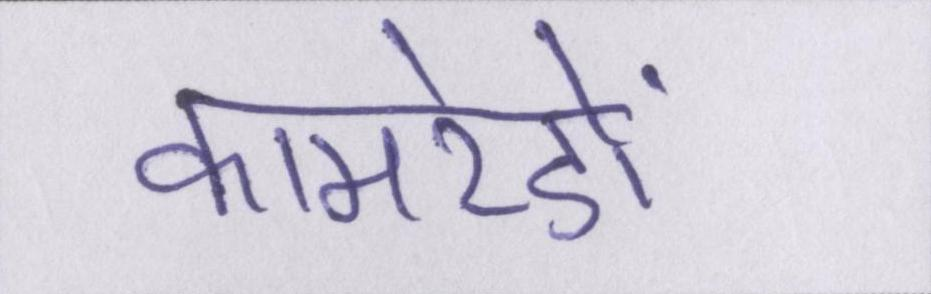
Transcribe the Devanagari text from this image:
कामरेडों